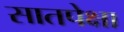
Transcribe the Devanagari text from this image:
सातपेक्षा